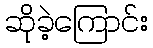
ဆိုခဲ့ကြောင်း